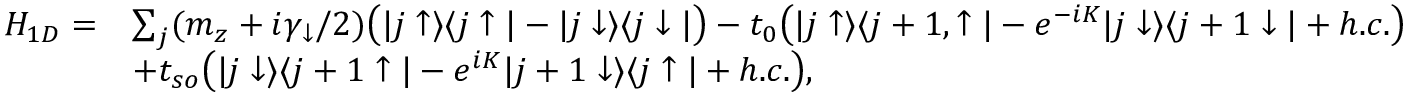
\begin{array} { r l } { H _ { 1 D } = } & { \sum _ { j } ( m _ { z } + i \gamma _ { \downarrow } / 2 ) \bigr ( | j \uparrow \rangle \langle j \uparrow | - | j \downarrow \rangle \langle j \downarrow | \bigr ) - t _ { 0 } \bigr ( | j \uparrow \rangle \langle j + 1 , \uparrow | - e ^ { - i K } | j \downarrow \rangle \langle j + 1 \downarrow | + h . c . \bigr ) } \\ & { + t _ { s o } \bigr ( | j \downarrow \rangle \langle j + 1 \uparrow | - e ^ { i K } | j + 1 \downarrow \rangle \langle j \uparrow | + h . c . \bigr ) , } \end{array}